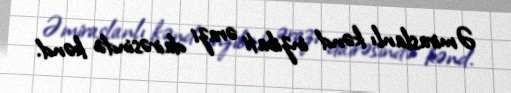
Əmiraslanlı kənd inzibati ərazi dairəsində kənd.